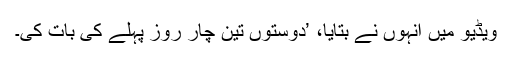
ویڈیو میں انہوں نے بتایا، ’دوستوں تین چار روز پہلے کی بات کی۔